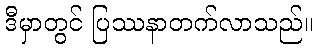
ဒီမှာတွင် ပြဿနာတက်လာသည်။